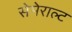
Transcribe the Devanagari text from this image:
सेमेराल्ट